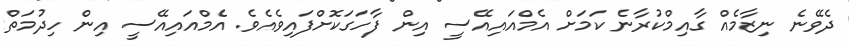
ދެވޭނެ ނިޒާމެއް ގާއިމްކުރާނެ ކަމަށް އެމްއައިއޭސީ އިން ފާހަގަކޮށްފައިވެއެވެ. އެމްއައިއޭސީ އިން ހިދުމަތް